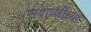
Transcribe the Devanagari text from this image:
सवाष्णींच्या